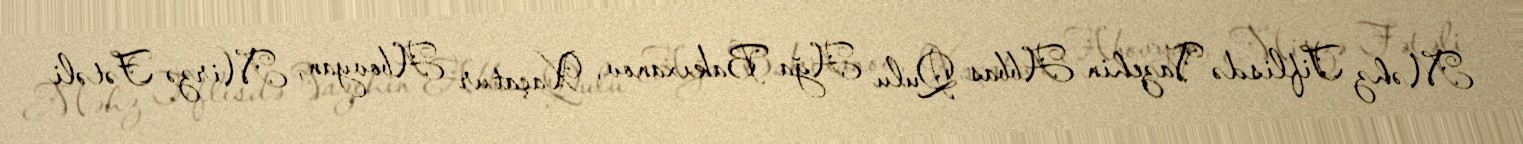
Məhz Tiflisdə Vazehin Abbas Qulu Ağa Bakıxanov, Xaçatur Abovyan, Mirzə Fətəli